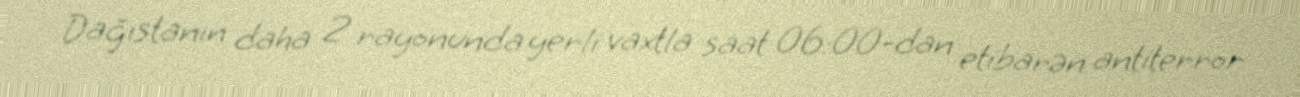
Dağıstanın daha 2 rayonunda yerli vaxtla saat 06:00-dan etibarən antiterror